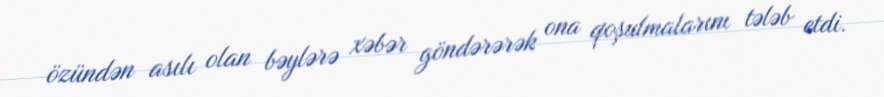
özündən asılı olan bəylərə xəbər göndərərək ona qoşulmalarını tələb etdi.